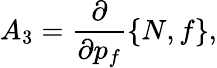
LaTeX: A_{3}=\frac{\partial}{\partial p_{f}}\left\{ N,f\right\} ,